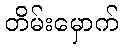
တိမ်းမှောက်